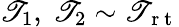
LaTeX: \mathscr{T}_{1},\ \mathscr{T}_{2}\sim\mathscr{T}_{\mathrm{{~r~t~}}}